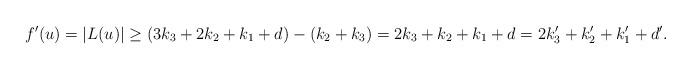
LaTeX: \begin{align*}f'(u)=|L(u)| \geq (3k_3+2k_2+k_1+d)-(k_2+k_3)=2k_3 + k_2+k_1+d=2k_3'+k'_2+k_1'+d'.\end{align*}